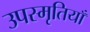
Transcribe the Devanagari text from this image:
उपस्मृतियाँ